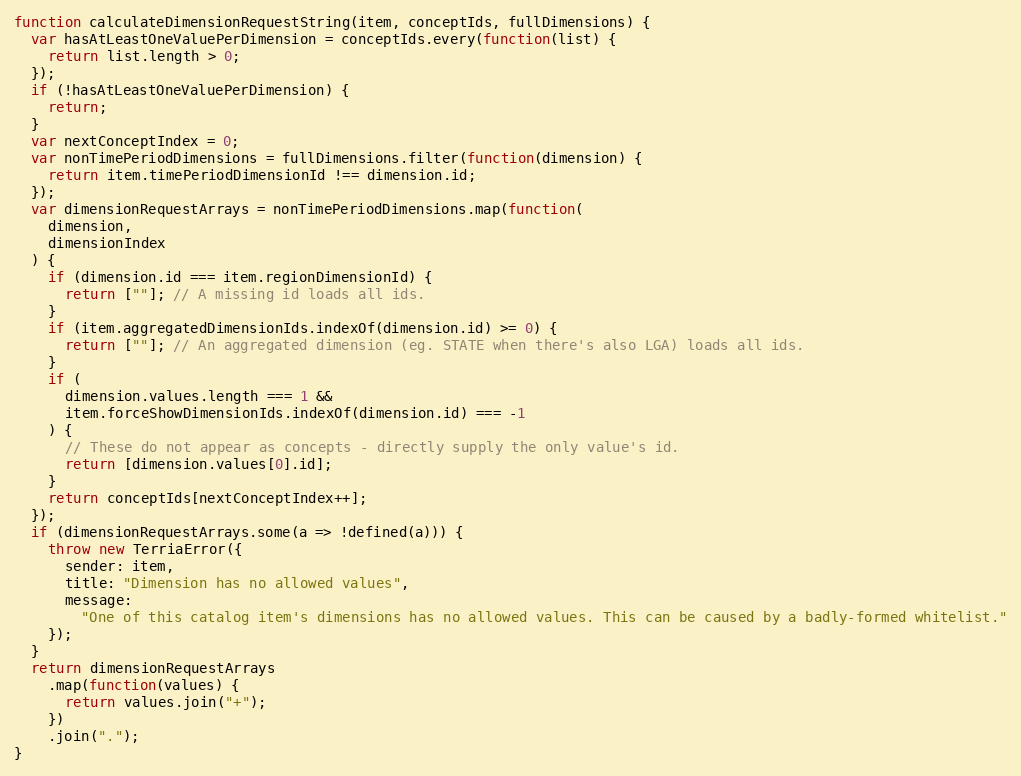
Language: JavaScript
function calculateDimensionRequestString(item, conceptIds, fullDimensions) {
  var hasAtLeastOneValuePerDimension = conceptIds.every(function(list) {
    return list.length > 0;
  });
  if (!hasAtLeastOneValuePerDimension) {
    return;
  }
  var nextConceptIndex = 0;
  var nonTimePeriodDimensions = fullDimensions.filter(function(dimension) {
    return item.timePeriodDimensionId !== dimension.id;
  });
  var dimensionRequestArrays = nonTimePeriodDimensions.map(function(
    dimension,
    dimensionIndex
  ) {
    if (dimension.id === item.regionDimensionId) {
      return [""]; // A missing id loads all ids.
    }
    if (item.aggregatedDimensionIds.indexOf(dimension.id) >= 0) {
      return [""]; // An aggregated dimension (eg. STATE when there's also LGA) loads all ids.
    }
    if (
      dimension.values.length === 1 &&
      item.forceShowDimensionIds.indexOf(dimension.id) === -1
    ) {
      // These do not appear as concepts - directly supply the only value's id.
      return [dimension.values[0].id];
    }
    return conceptIds[nextConceptIndex++];
  });
  if (dimensionRequestArrays.some(a => !defined(a))) {
    throw new TerriaError({
      sender: item,
      title: "Dimension has no allowed values",
      message:
        "One of this catalog item's dimensions has no allowed values. This can be caused by a badly-formed whitelist."
    });
  }
  return dimensionRequestArrays
    .map(function(values) {
      return values.join("+");
    })
    .join(".");
}